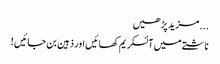
... مزید پڑھیں
ناشتے میں آئسکریم کھائیں اور ذہین بن جائیں !